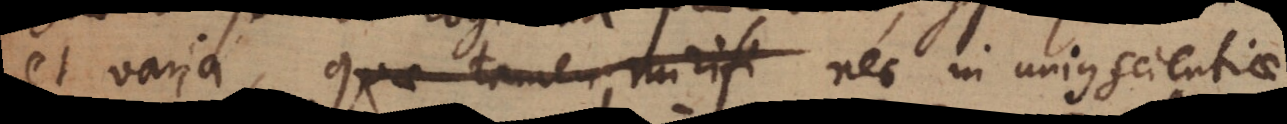
et varia, que tamen mirifi nec in unius scientiae